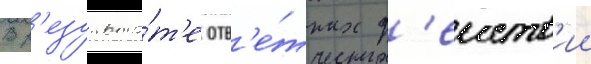
В р'езульта́т'е отв'е́тных д'еиств'ии